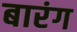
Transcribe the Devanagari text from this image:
बारंग